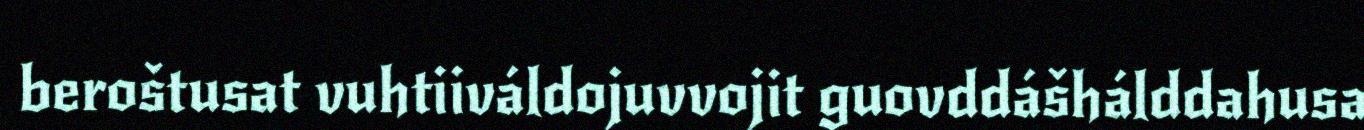
beroštusat vuhtiiváldojuvvojit guovddášhálddahusa